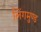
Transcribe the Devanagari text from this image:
लिंगमुण्ड